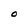
Character: O